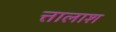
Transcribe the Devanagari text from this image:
त्तालाश